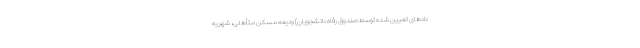
دادهای تعیین شده توسط صندوق رفاه دانشجویان) ودیعه مسکن متأهلی، شهریه